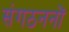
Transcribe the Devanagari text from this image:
संगठननों